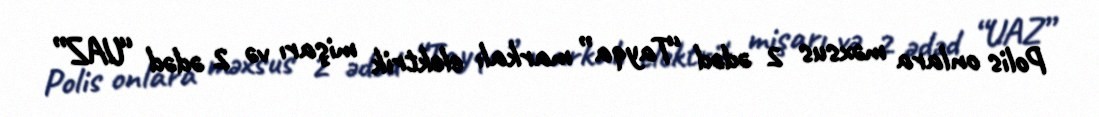
Polis onlara məxsus 2 ədəd “Tayqa” markalı elektrik mişarı və 2 ədəd “UAZ”